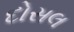
દોસલ